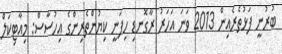
ބުރުނީ ފަޅުތެރެއިން 2013 ވަނަ އަހަރު ރާގޮނޑި ހިފަނީ ކިޔުންތެރިންގެ އިހުސާސް: މިއާޓިކަލް